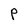
Character: p